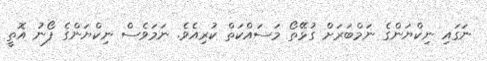
ނަގައި ނިކްޔަންގެ ނަމްބަރަށް ގުޅޭތޯ މަސައްކަތް ކުރިއެވެ. ނަމަވެސް ނިކްޔަންގެ ފޯނު އޮތީ